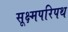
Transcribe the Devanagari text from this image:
सूक्ष्मपरिपथ